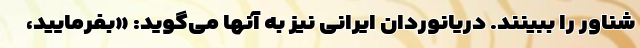
شناور را ببینند. دریانوردان ایرانی نیز به آنها می‌گوید: «بفرمایید،